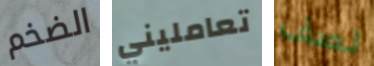
الضخم تعامليني لصف